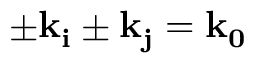
\pm \bf { k _ { i } } \pm \bf { k _ { j } } = \bf { k _ { 0 } }